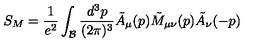
S _ { M } = { \frac { 1 } { e ^ { 2 } } } \int _ { \cal B } { \frac { d ^ { 3 } p } { ( 2 \pi ) ^ { 3 } } } { \tilde { A } } _ { \mu } ( p ) { \tilde { M } _ { \mu \nu } } ( p ) { \tilde { A } } _ { \nu } ( - p )